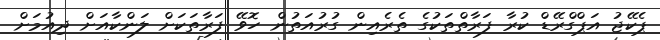
ޕެކޭޖު އަޕްގްރޭޑް ކުރާ ފަރާތްތަކުގެ ތެރެއިން ގުރުއަތުން ހޮވޭ ފަރާތަކަށް ލަންކާއަށް ދިއުމަށް